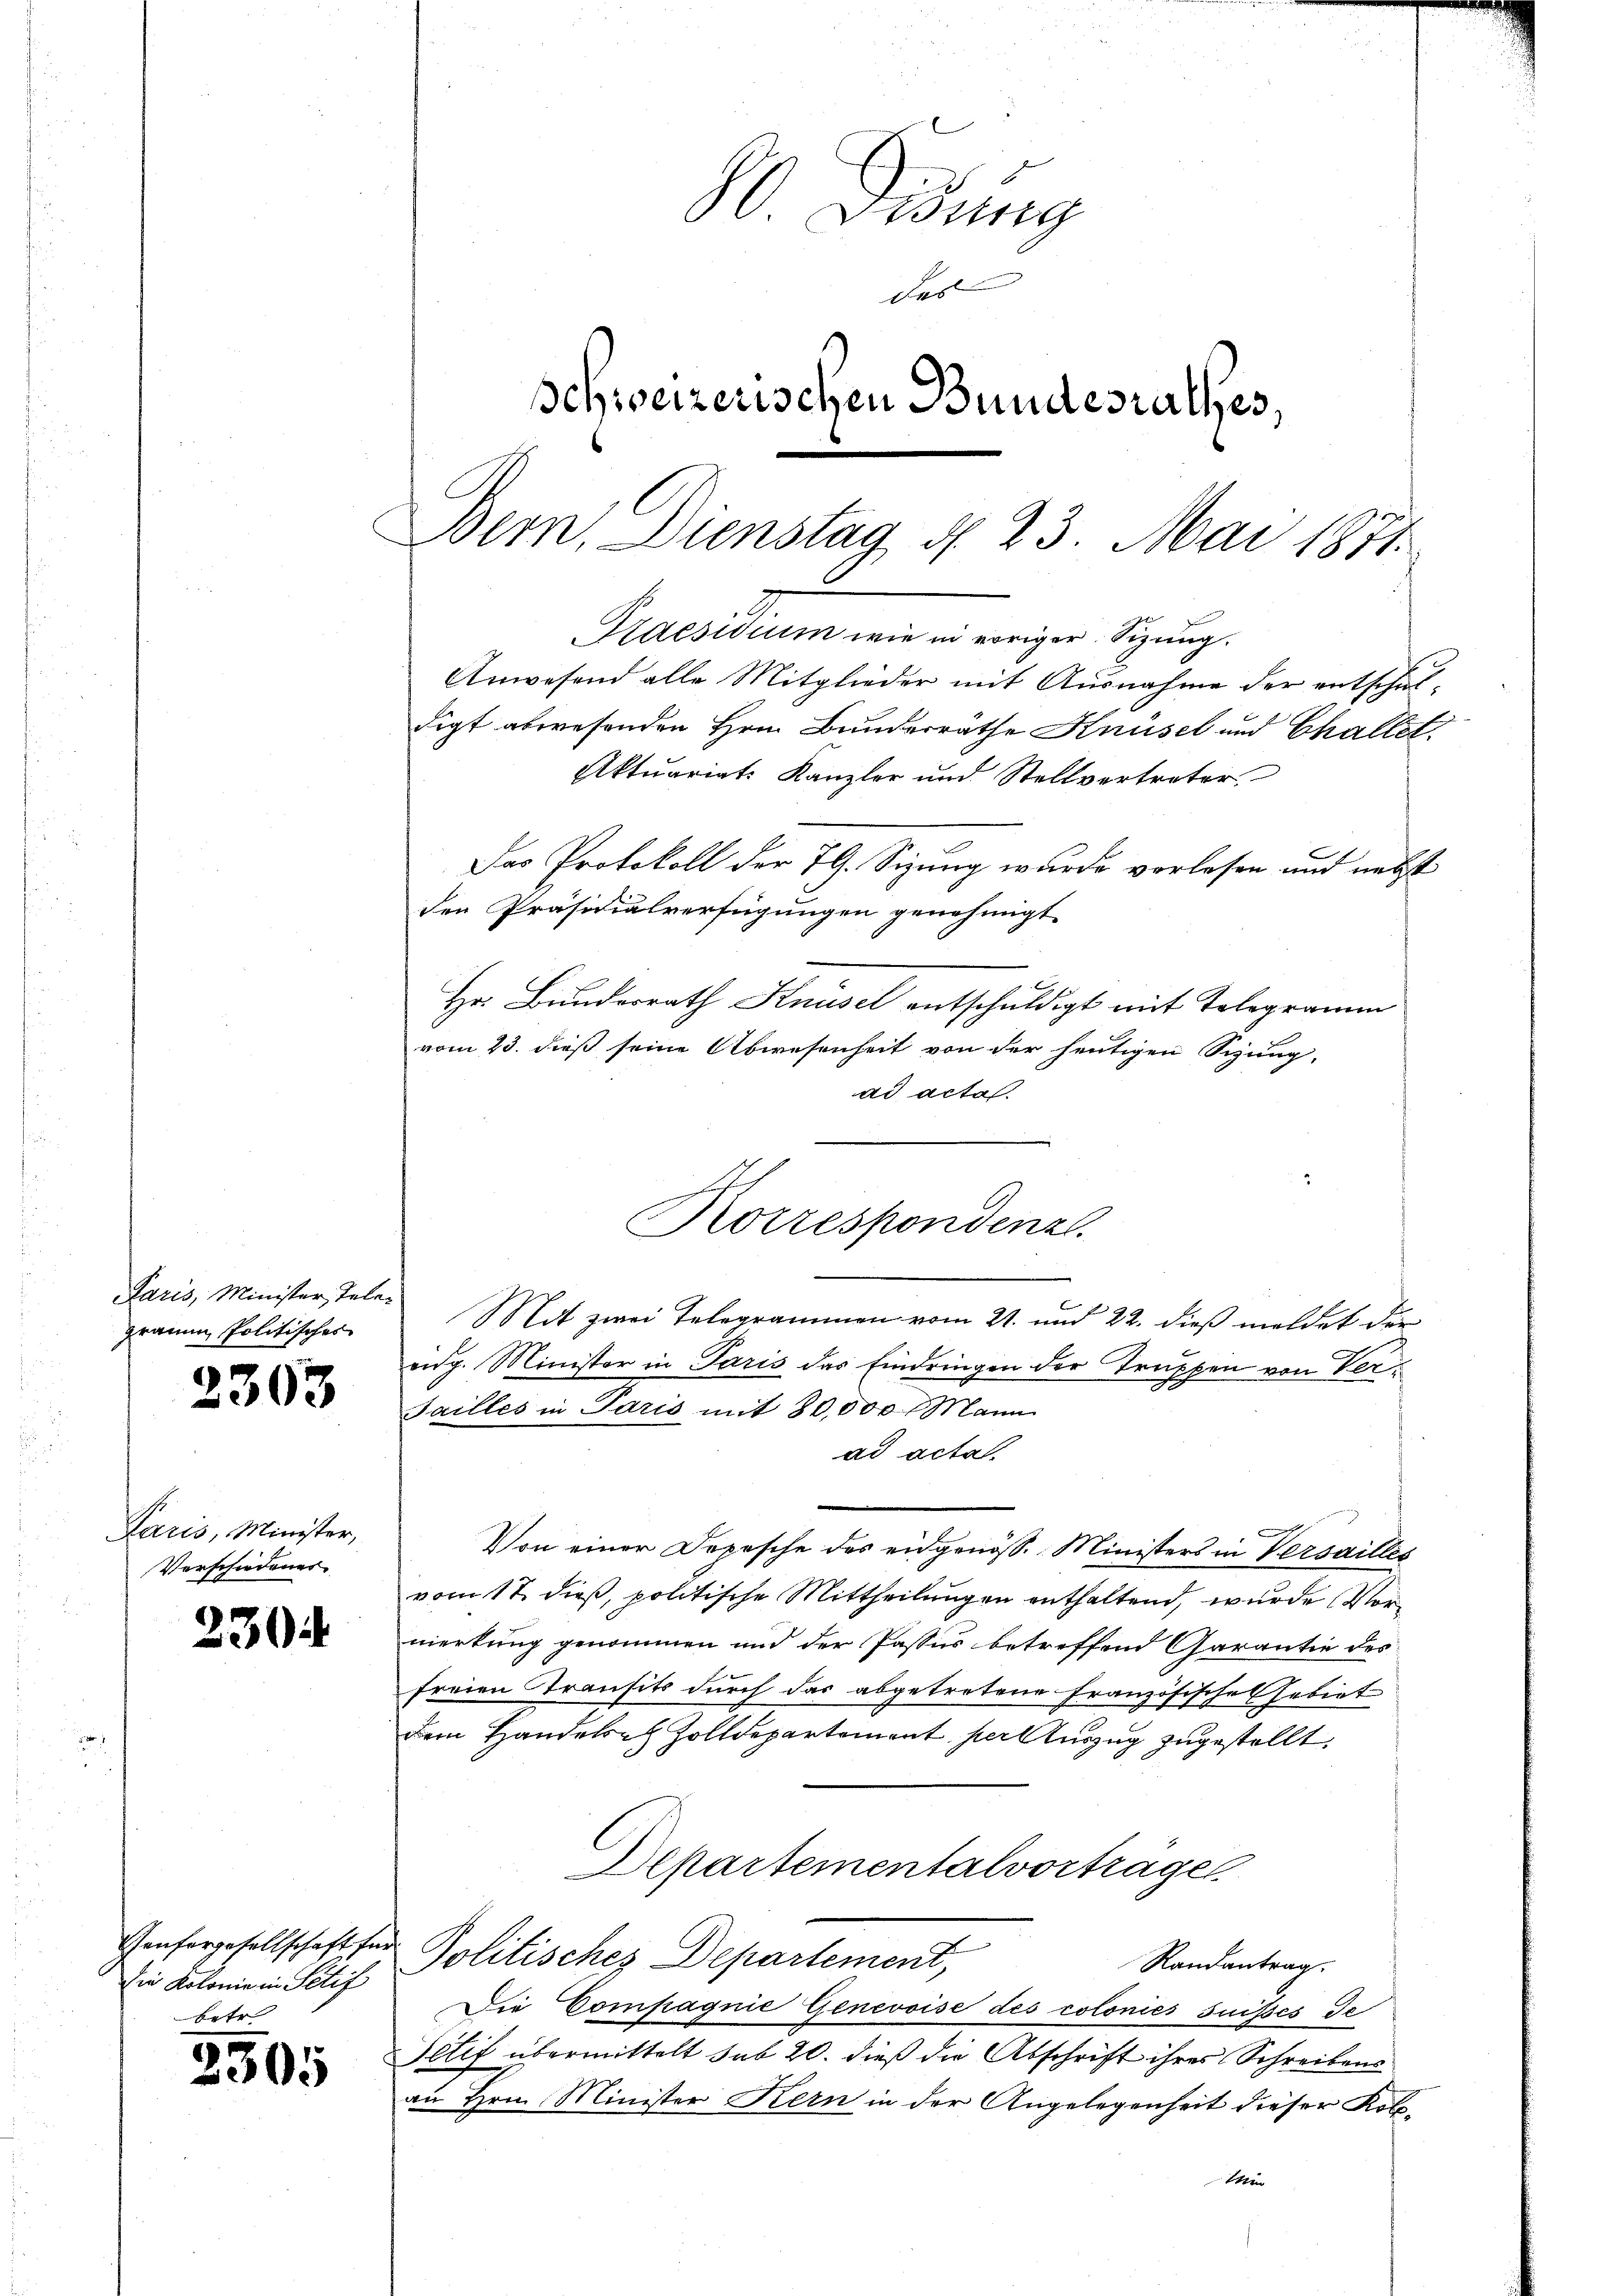
Paris, Minister, Telegramm Politisches

2303

Paris, Minister,
Verschiedener

2304

Die Kolonie in Petif
rt

2505

80 Sedung
das
Schweizerischen Bundesrathes,
digt abwesenden Hrn. Bundesräthe Knüsel und Chaltet.
Aktuariats Kanzler und Stellvertreter
Das Protokoll der 79. Sizung wurde vorlesen und nebst
den Präsidialverfügungen genehmigt.
Hr. Bundesrath Knüsel entschuldigt mit Telegramm
vom 23. dieß seine Abwesenheit von der heutigen Sitzung,
ad acta.

eidg. Minister in Paris das Eindringen der Truppen von Verad acta
Von einer Depesche des eidgenöss. Ministers in Versailles
vom 17. dieß, politische Mittheilungen enthaltend, wurde Vormerkung genommen und der Passus betreffend Garantie des
freien Transits durch das abgetretene Französische Gebiet
Dem Handelsch Zolldepartement, per auszug zugestellt,
Departementalvortrage
Genforgesellschaft für Politisches Departement,
Randantrag.
Die Compagnie Genevoise des colonies suisses de
Petit übermittelt sub 20. dieß die Abschrift ihres Schreibens
an Hrn. Minister Kern in der Angelegenheit dieser Kolo¬
Ihren

Sailles in Paris mit 80,000 Mann

Bern, Dienstag d. 23. Mai 1874.
Praesidium wie in voriger Sizung.
Anwesend alle Mitglieder mit Ausnahme der entschal-

Korrespondenzl.
Mit zwei Telegrammen vom 21. und 22. dieß meldet der